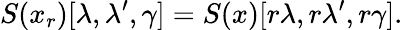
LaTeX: S(x_{r})[\lambda,\lambda^{\prime},\gamma]=S(x)[r\lambda,r\lambda^{\prime},r\gamma].